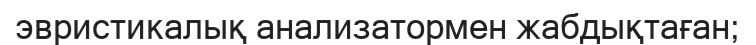
эвристикалық анализатормен жабдықтаған;